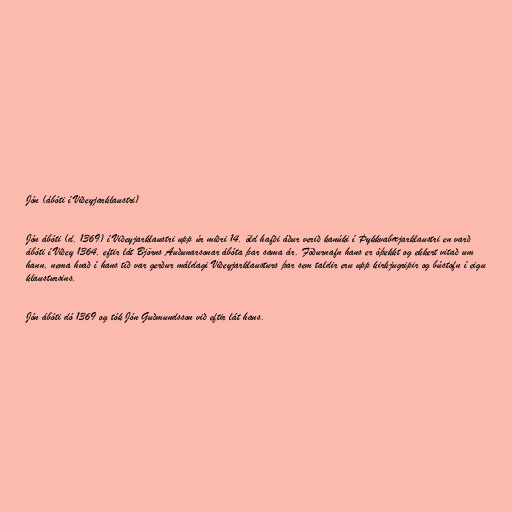
Jón (ábóti í Viðeyjarklaustri)

Jón ábóti (d. 1369) í Viðeyjarklaustri upp úr miðri 14. öld hafði áður verið kanúki í Þykkvabæjarklaustri en varð
ábóti í Viðey 1364, eftir lát Björns Auðunarsonar ábóta þar sama ár. Föðurnafn hans er óþekkt og ekkert vitað um
hann, nema hvað í hans tíð var gerður máldagi Viðeyjarklausturs þar sem taldir eru upp kirkjugripir og bústofn í eigu
klaustursins.

Jón ábóti dó 1369 og tók Jón Guðmundsson við eftir lát hans.